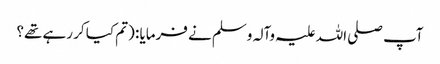
آپ صلی اللہ علیہ وآلہ وسلم نے فرمایا : (تم کیا کر رہے تھے؟